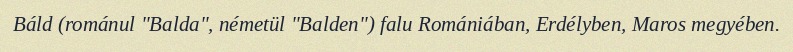
Báld (románul "Balda", németül "Balden") falu Romániában, Erdélyben, Maros megyében.